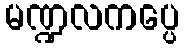
မဏ္ဍလကပ္ပေ